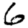
Digit: 6